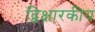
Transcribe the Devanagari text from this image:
द्विक्षारकीय